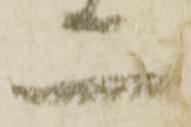
二